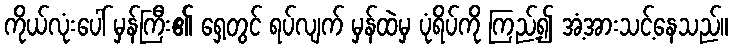
ကိုယ်လုံးပေါ် မှန်ကြီး၏ ရှေ့တွင် ရပ်လျက် မှန်ထဲမှ ပုံရိပ်ကို ကြည့်၍ အံ့အားသင့်နေသည်။